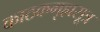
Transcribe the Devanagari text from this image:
काठकगृह्यसूत्र